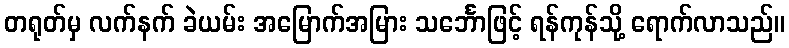
တရုတ်မှ လက်နက် ခဲယမ်း အမြောက်အမြား သင်္ဘောဖြင့် ရန်ကုန်သို့ ရောက်လာသည်။